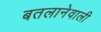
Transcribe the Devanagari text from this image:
बतलानेवाली